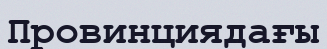
Провинциядағы